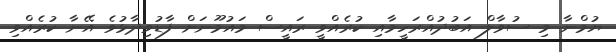
ޔުމްނާ މި ސުވާލް އަބުދުއްރަހީމާއި ކުރެއްވީ ރައީސް މައުމޫނަށް ފާޑުވިދާޅުވެ އޭނާ ކުރެއްވި